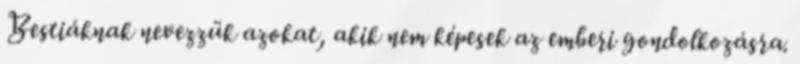
Bestiáknak nevezzük azokat, akik nem képesek az emberi gondolkozásra.